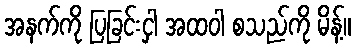
အနက်ကို ပြခြင်းငှါ အထဝါ စသည်ကို မိန့်။